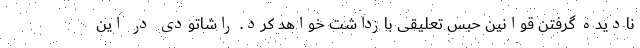
نادیده گرفتن قوانین حبس تعلیقی بازداشت خواهد کرد. راشاتودی در این